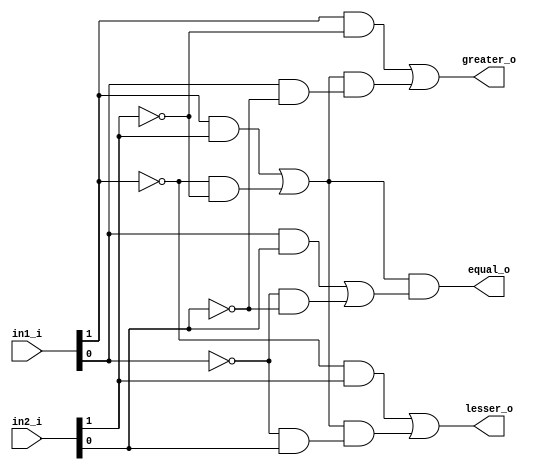
`timescale 1ns / 1ps
//////////////////////////////////////////////////////////////////////////////////
// Company: 
// 
// Design Name: 
// Module Name: mag_comparator_top
// Project Name: 
// Target Devices: 
// Tool Versions: 
// Description:
//        G = Gmsb + Emsb.Glsb
//        E = Emsb.Elsb
//        L = Lmsb + Emsb.Llsb 
// 
//     The code below is for a 2-bit comparator
//
// Dependencies: 
// 
// Revision:
// Revision 0.01 - File Created
// Additional Comments:
// 
//////////////////////////////////////////////////////////////////////////////////


module mag_comparator_top(
input  wire [1:0] in1_i,
input  wire [1:0] in2_i,
output wire       greater_o,
output wire       equal_o,
output wire       lesser_o
    );

assign greater_o = (in1_i[1] & ~in2_i[1]) | (((in1_i[1] & in2_i[1]) | (~in1_i[1] & ~in2_i[1])) & (in1_i[0] & ~in2_i[0]));
assign equal_o   = ((in1_i[1] & in2_i[1]) | (~in1_i[1] & ~in2_i[1])) & ((in1_i[0] & in2_i[0]) | (~in1_i[0] & ~in2_i[0]));
assign lesser_o  = (~in1_i[1] & in2_i[1]) | (((in1_i[1] & in2_i[1]) | (~in1_i[1] & ~in2_i[1])) & (~in1_i[0] & in2_i[0]));


endmodule